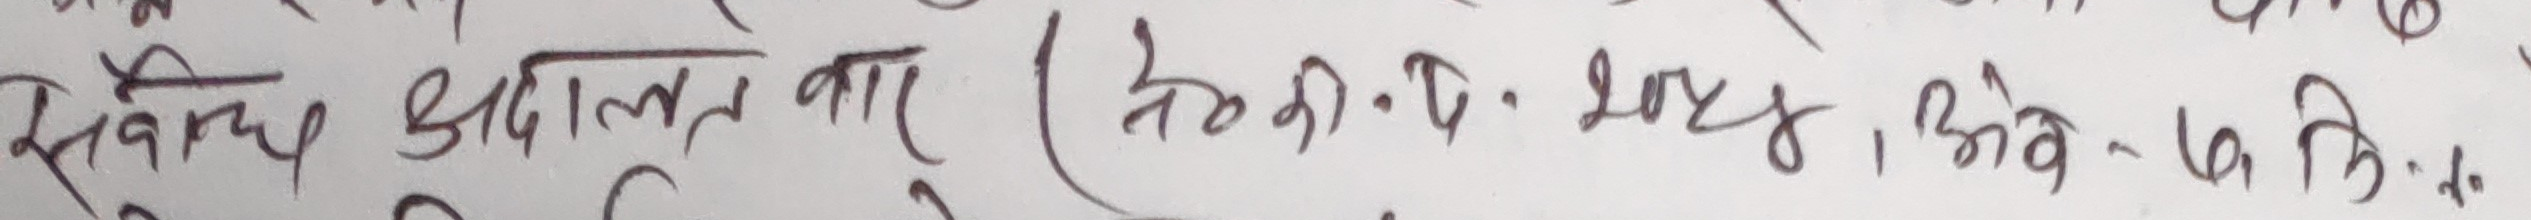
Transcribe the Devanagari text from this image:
सचिब अदालत वार ( ते.नं. - २०४५, भेन - ७ वि.)